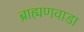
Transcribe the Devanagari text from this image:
ब्राह्मणवाडा